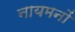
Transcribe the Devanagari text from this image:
नायमनों